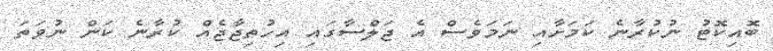
ބޮއިކޮޓު ނުކުރާނެ ކަމަށާއި ނަމަވެސް އެ ޖަލްސާގައި އިހުތިޖާޖެއް ކުރާނެ ކަން ނުވަތަ